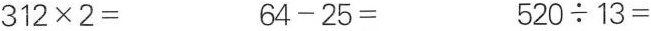
$$3 1 2 \times 2 =$$ $$6 4 - 2 5 =$$